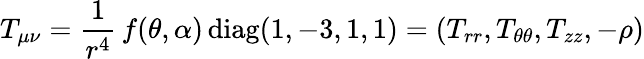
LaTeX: T_{\mu\nu}=\frac{1}{r^{4}}\, f(\theta,\alpha)\, \mathrm{diag}(1,-3,1,1)=(T_{rr},T_{\theta\theta},T_{zz},-\rho)